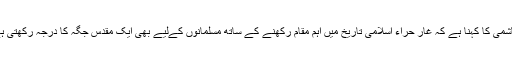
الھاشمی کا کہنا ہے کہ غار حراء اسلامی تاریخ میں اہم مقام رکھنے کے ساتھ مسلمانوں کےلیے بھی ایک مقدس جگہ کا درجہ رکھتی ہے۔